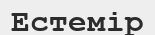
Естемір